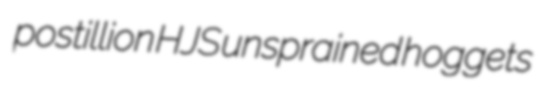
postillion HJS unsprained hoggets